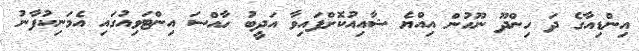
އިންޑިއާގެ ދަ ހިންދޫ ނޫހުން އިއްޔެ ޝާއިއުކޮށްފައިވާ އަދީބު ހާއްސަ އިންޓަވިއުގައި އެމަނިކުފާނު